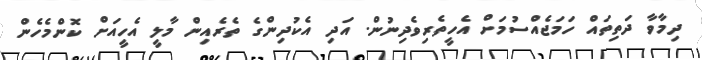
ދިމާވާ ދަތިތައް ހަމަޖެއްސުމަށް އެހީތެރިވެދިނުން. އަދި އެކުދިންގެ ތެރެއިން މާލީ އެހީއަށް ކޮންމެހެން